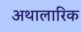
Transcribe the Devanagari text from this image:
अथालारिक